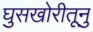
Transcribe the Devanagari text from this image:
घुसखोरीतूनु